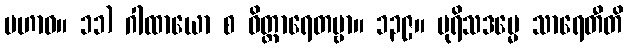
မဟာဝ။ ၁၁) ဂါထာယော စ ဝိတ္ထာရေတဗ္ဗာ။ ၁၃၉။ ပုရိသဒမ္မေ သာရေတီတိ